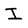
Character: I